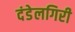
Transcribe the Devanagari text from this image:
दंडेलगिरी